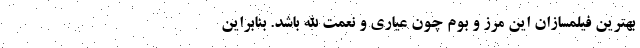
بهترين فيلمسازان اين مرز و بوم چون عیاری و نعمت الله باشد. بنابراین